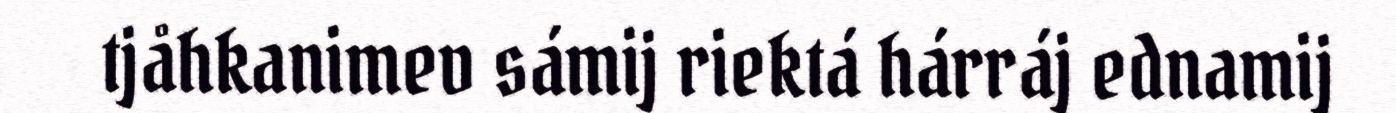
tjåhkanimev sámij riektá hárráj ednamij